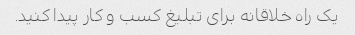
یک راه خلاقانه برای تبلیغ کسب و کار پیدا کنید.